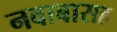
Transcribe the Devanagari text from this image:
नवाबासह